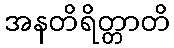
အနတိရိတ္တာတိ